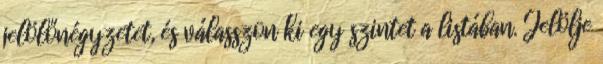
jelölőnégyzetet, és válasszon ki egy szintet a listában. Jelölje